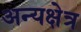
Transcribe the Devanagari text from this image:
अन्यक्षेत्र